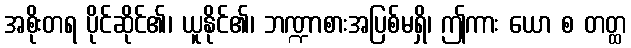
အစိုးတရ ပိုင်ဆိုင်၏၊ ယူနိုင်၏၊ ဘဏ္ဍာစားအပြစ်မရှိ၊ ဤကား ယော စ တတ္ထ